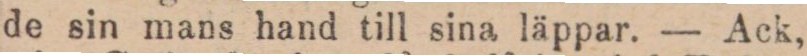
de sin mans hand till sina läppar. — Ack,